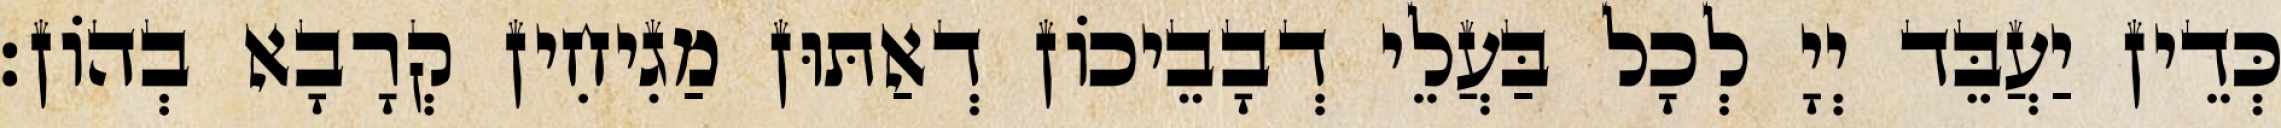
כְּדֵין יַעֲבֵּד יְיָ לְכָל בַּעֲלֵי דְבָבֵיכוֹן דְאַתּוּן מַגִיחִין קְרָבָא בְהוֹן׃